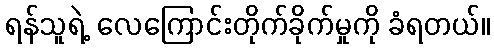
ရန်သူရဲ့ လေကြောင်းတိုက်ခိုက်မှုကို ခံရတယ်။